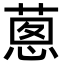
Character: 𦵇